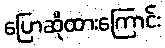
ပြောဆိုထားကြောင်း